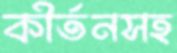
কীর্তনসহ